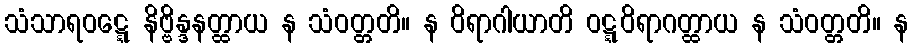
သံသာရဝဋ္ဋေ နိဗ္ဗိန္ဒနတ္ထာယ န သံဝတ္တတိ။ န ဝိရာဂါယာတိ ဝဋ္ဋဝိရာဂတ္ထာယ န သံဝတ္တတိ။ န